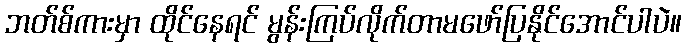
ဘတ်စ်ကားမှာ ထိုင်နေရင် မွန်းကြပ်လိုက်တာမဖော်ပြနိုင်အောင်ပါပဲ။